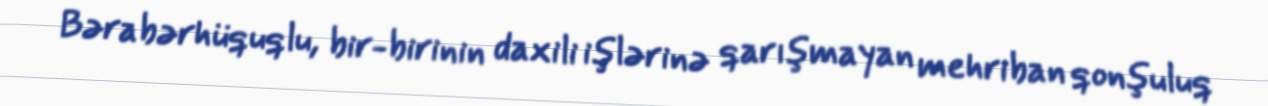
Bərabərhüquqlu, bir-birinin daxili işlərinə qarışmayan mehriban qonşuluq